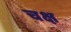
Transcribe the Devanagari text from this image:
चक्ष